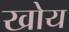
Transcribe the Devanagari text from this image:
खोय